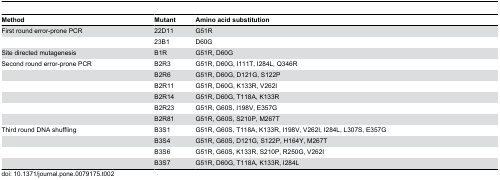
<table><thead><tr><td><b>Method</b></td><td><b>Mutant</b></td><td><b>Amino acid substitution</b></td></tr></thead><tbody><tr><td>First round error-prone PCR</td><td>22D11</td><td>G51R</td></tr><tr><td></td><td>23B1</td><td>D60G</td></tr><tr><td>Site directed mutagenesis</td><td>B1R</td><td>G51R, D60G</td></tr><tr><td>Second round error-prone PCR</td><td>B2R3</td><td>G51R, D60G, I111T, I284L, Q346R</td></tr><tr><td></td><td>B2R6</td><td>G51R, D60G, D121G, S122P</td></tr><tr><td></td><td>B2R11</td><td>G51R, D60G, K133R, V262I</td></tr><tr><td></td><td>B2R14</td><td>G51R, D60G, T118A, K133R</td></tr><tr><td></td><td>B2R23</td><td>G51R, G60S, I198V, E357G</td></tr><tr><td></td><td>B2R81</td><td>G51R, G60S, S210P, M267T</td></tr><tr><td>Third round DNA shuffling</td><td>B3S1</td><td>G51R, G60S, T118A, K133R, I198V, V262I, I284L, L307S, E357G</td></tr><tr><td></td><td>B3S4</td><td>G51R, G60S, D121G, S122P, H164Y, M267T</td></tr><tr><td></td><td>B3S6</td><td>G51R, G60S, K133R, S210P, R250G, V262I</td></tr><tr><td></td><td>B3S7</td><td>G51R, D60G, T118A, K133R, I284L</td></tr></tbody></table>